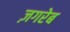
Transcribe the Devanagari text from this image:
ज़गरेब